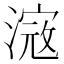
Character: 𣻎